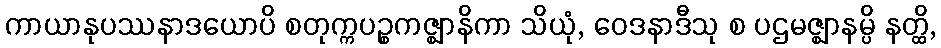
ကာယာနုပဿနာဒယောပိ စတုက္ကပဉ္စကဇ္ဈာနိကာ သိယုံ, ဝေဒနာဒီသု စ ပဌမဇ္ဈာနမ္ပိ နတ္ထိ,